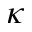
\kappa